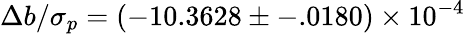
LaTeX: \Delta b/\sigma_{p}=(-10.3628\pm-.0180)\times 10^{-4}